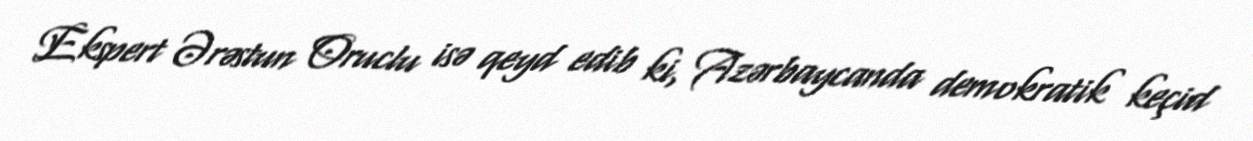
Ekspert Ərəstun Oruclu isə qeyd edib ki, Azərbaycanda demokratik keçid